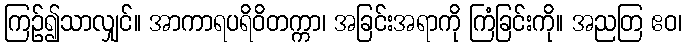
ကြဉ်၍သာလျှင်။ အာကာရပရိဝိတက္ကာ၊ အခြင်းအရာကို ကြံခြင်းကို။ အညတြ ဧဝ၊